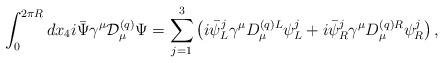
LaTeX: \begin{align*}\int^{2\pi R}_0 dx_4 i\bar{\Psi}\gamma^\mu {\cal D}^{(q)}_\mu \Psi =\sum^3_{j=1} \left( i\bar{\psi}^j_L \gamma^\mu D^{(q)L}_\mu \psi^j_L +i\bar{\psi}^j_R \gamma^\mu D^{(q)R}_\mu \psi^j_R \right),\end{align*}